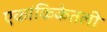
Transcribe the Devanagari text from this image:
एकांकिकेतली